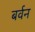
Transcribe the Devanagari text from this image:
बर्वन